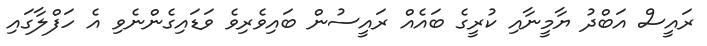
ރައީސް އަބްދު ޔާމީނާއި ކުރީގެ ބައެއް ރައީސުން ބައިވެރިވެ ވަޑައިގެންނެވި އެ ހަފްލާގައި